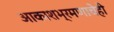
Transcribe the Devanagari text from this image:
आकाशभ्रमणाचेही